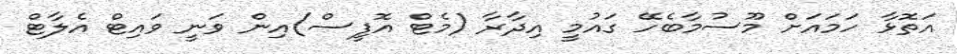
އަތޮޅާ ހަމައަށް މޫސުމާބެހޭ ގައުމީ އިދާރާ (މެޓް އޮފީސް)އިން ވަނީ ވައިޓް އެލާޓް